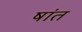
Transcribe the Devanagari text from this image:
षांत